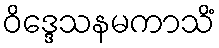
ဝိဒ္ဒေသနမကာသိံ